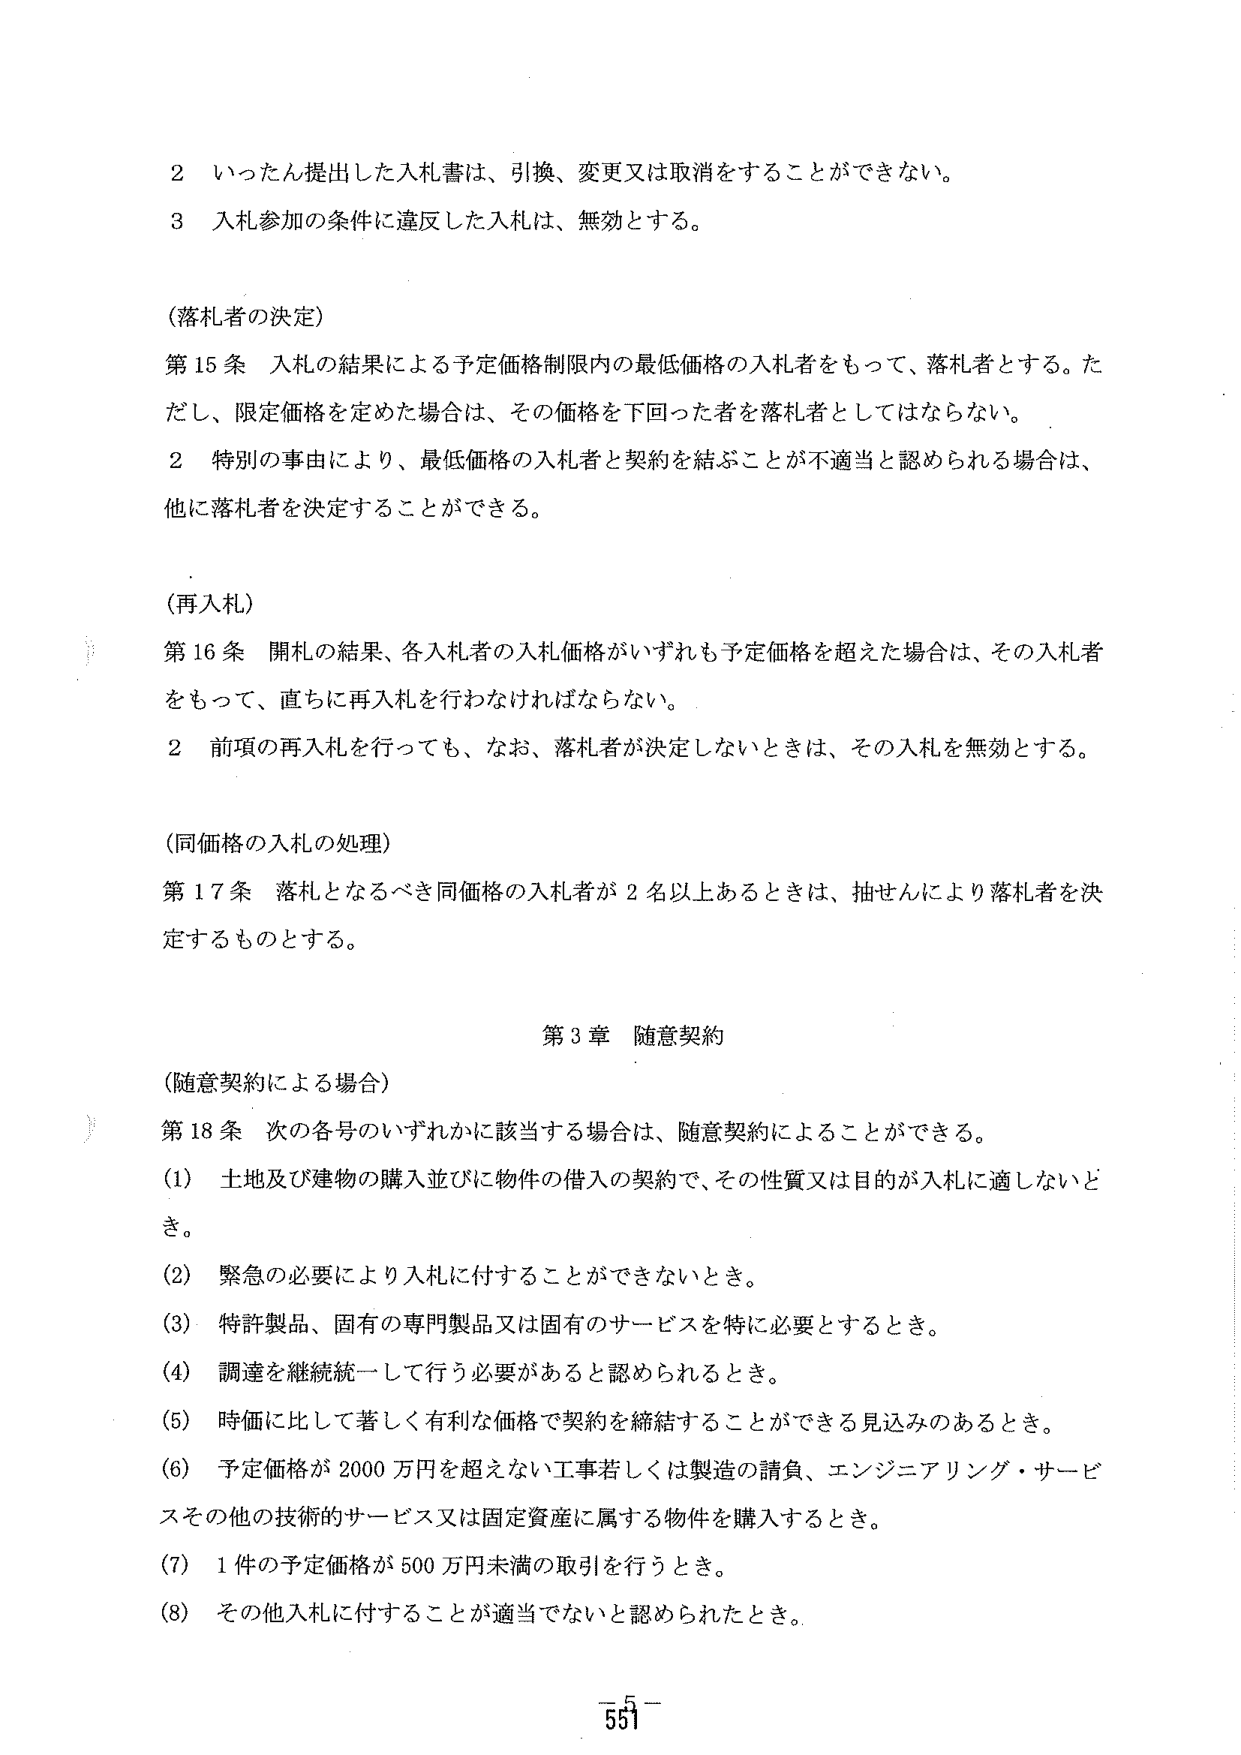
2 いったん提出した入札書は、引換、変更又は取消をすることはできない。
3 入札参加の条件に違反した入札は、無効とする。

（落札者の決定）
第15条 入札の結果による予定価格制限内の最低価格の入札者をもって、落札者とする。ただし、限定価格を定めた場合は、その価格を下回った者を落札者としてはならない。
2 特別の事由により、最低価格の入札者と契約を結ぶことが不適当と認められる場合は、他に落札者を決定することができる。

（再入札）
第16条 開札の結果、各入札者の入札価格がいずれも予定価格を超えた場合は、その入札者をもって、直ちに再入札を行わなければならない。
2 前項の再入札を行っても、なお、落札者が決定しないときは、その入札を無効とする。

（同価格の入札の処理）
第17条 落札となるべき同価格の入札者が2名以上あるときは、抽せんにより落札者を決定するものとする。

第3章 随意契約

（随意契約による場合）
第18条 次の各号のいずれかに該当する場合は、随意契約によることができる。
(1) 土地及び建物の購入並びに物件の借入の契約で、その性質又は目的が入札に適しないとき。
(2) 緊急の必要により入札に付することができないとき。
(3) 特許製品、固有の専門製品又は固有のサービスを特に必要とするとき。
(4) 調達を継続統一して行う必要があると認められるとき。
(5) 時価に比して著しく有利な価格で契約を締結することができる見込みのあるとき。
(6) 予定価格が2000万円を超えない工事若しくは製造の請負、エンジニアリング・サービスその他の技術的サービス又は固定資産に属する物件を購入するとき。
(7) 1件の予定価格が500万円未満の取引を行うとき。
(8) その他入札に付することが適当でないと認められたとき。

-55-